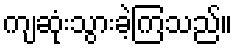
ကျဆုံးသွားခဲ့ကြသည်။